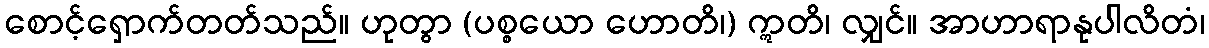
စောင့်ရှောက်တတ်သည်။ ဟုတွာ (ပစ္စယော ဟောတိ၊) ဣတိ၊ လျှင်။ အာဟာရာနုပါလိတံ၊